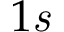
1 \mathit { s }